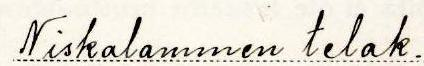
Niskalammen telak.